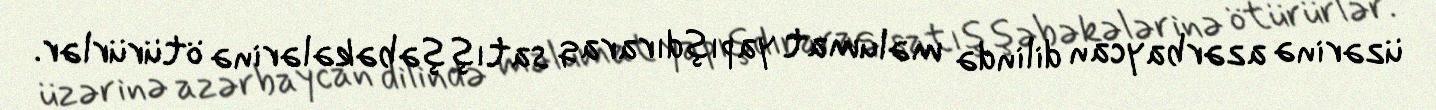
üzərinə azərbaycan dilində məlumat yapışdıraraq satış şəbəkələrinə ötürürlər.